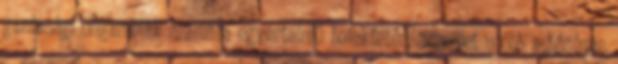
gazdasági oligarchiák számára egyértelmű befektetés, amelyet utóbb a bőséges